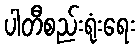
ပါတီစည်းရုံးရေး